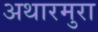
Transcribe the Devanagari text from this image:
अथारमुरा